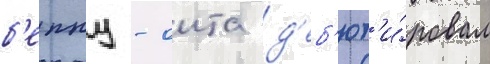
б'еппу - оита д'еб'ют'и́ровал